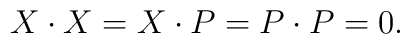
X\cdot X=X\cdot P=P\cdot P=0.